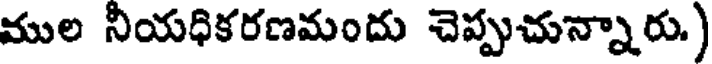
ముల నీయధికరణమందు చెప్పుచున్నారు.)